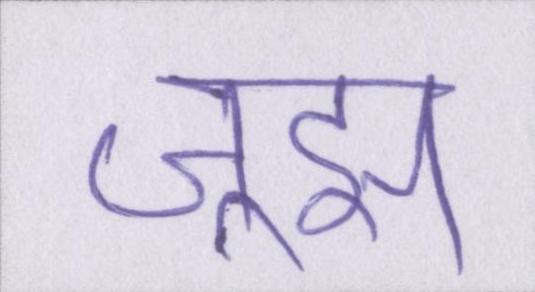
जूझ